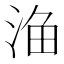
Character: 𱦦